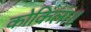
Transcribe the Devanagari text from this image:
कोकिला॥